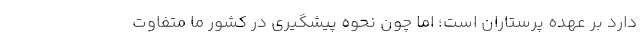
دارد بر عهده پرستاران است؛ اما چون نحوه پیشگیری در کشور ما متفاوت